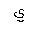
Letter: _ya